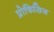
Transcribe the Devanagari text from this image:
प्रोफिसिज